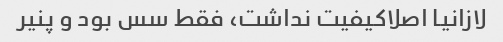
لازانیا اصلاکیفیت نداشت، فقط سس بود و پنیر